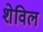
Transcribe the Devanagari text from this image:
शेविल